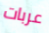
عربات